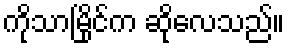
ကိုသာမြိုင်က ဆိုလေသည်။